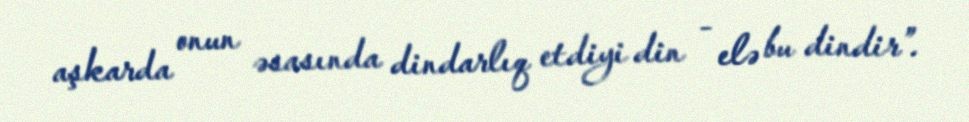
aşkarda onun əsasında dindarlıq etdiyi din - elə bu dindir”.